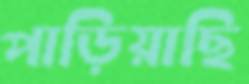
পাড়িয়াছি